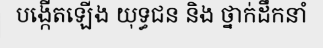
បង្កើតឡើង យុទ្ធជន និង ថ្នាក់ដឹកនាំ